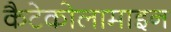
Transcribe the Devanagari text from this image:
कैटेकोलामाइन